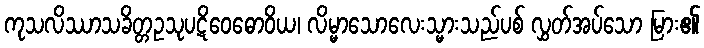
ကုသလိဿာသခိတ္တဥသုပဋိဝေဓောဝိယ၊ လိမ္မာသောလေးသ္မားသည်ပစ် လွှတ်အပ်သော မြား၏